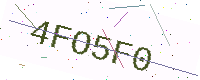
Text: 4FO5F0